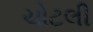
ચોટલી